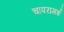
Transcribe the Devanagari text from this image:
चापरामर्श